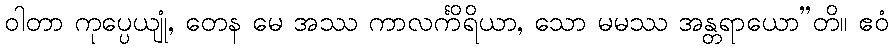
ဝါတာ ကုပ္ပေယျုံ, တေန မေ အဿ ကာလင်္ကိရိယာ, သော မမဿ အန္တရာယော”တိ။ ဧဝံ